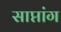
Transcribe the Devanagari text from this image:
साप्तांग